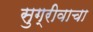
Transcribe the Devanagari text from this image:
सुग्रीवाचा